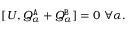
\begin{array} { r } { [ U , Q _ { \alpha } ^ { \tt A } + Q _ { \alpha } ^ { \tt B } ] = 0 \; \forall \alpha . } \end{array}